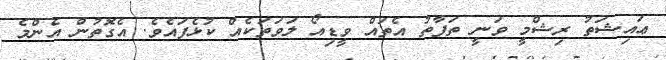
ޢައިޝަތު ރިޝްމީ ވަނީ ތަފާތު އެތައް ވީޑިއޯ ލަވަތަކެއް ކުޅެފައެވެ. އެގޮތުން އެންމެ